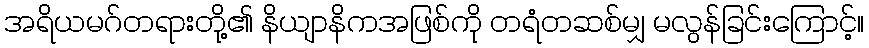
အရိယမဂ်တရားတို့၏ နိယျာနိကအဖြစ်ကို တရံတဆစ်မျှ မလွန်ခြင်းကြောင့်။